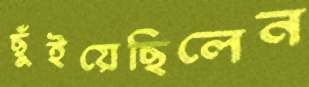
ছুঁইয়েছিলেন